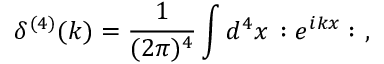
\delta ^ { ( 4 ) } ( k ) = \frac { 1 } { ( 2 \pi ) ^ { 4 } } \int d ^ { 4 } x \, : e ^ { i k x } : ~ ,